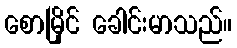
စောမြိုင် ခေါင်းမာသည်။